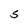
Character: S